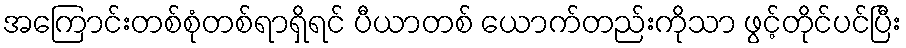
အကြောင်းတစ်စုံတစ်ရာရှိရင် ပီယာတစ် ယောက်တည်းကိုသာ ဖွင့်တိုင်ပင်ပြီး